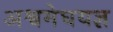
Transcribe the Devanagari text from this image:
अश्वमेघयज्ञ